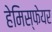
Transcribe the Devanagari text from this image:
हेमिस्फेयर